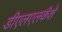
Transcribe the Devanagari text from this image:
डीएलएलकॅशे